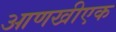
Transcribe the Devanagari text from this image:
आणखीएक